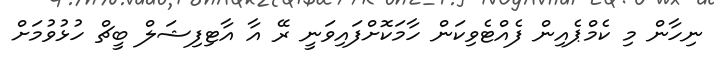
ނިހާން މި ކެމްޕެއިން ފެއްޓެވިކަން ހާމަކޮށްފައިވަނީ ރޭ އާ އާޓިފިޝަލް ބީޗް ހުޅުވުމަށް